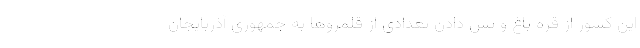
این کشور از قره باغ و پس دادن تعدادی از قلمروها به جمهوری آذربایجان